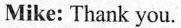
Mike: Thank you.